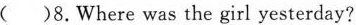
()8.Where was the girl yesterday?